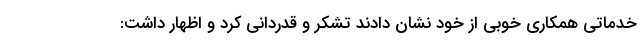
خدماتی همکاری خوبی از خود نشان دادند تشکر و قدردانی کرد و اظهار داشت: